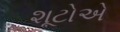
શૂટોએ